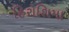
હિરોશિમા